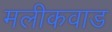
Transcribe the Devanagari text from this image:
मलीकवाड